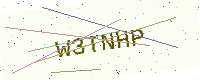
Text: W3TNHP